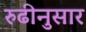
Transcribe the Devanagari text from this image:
रुढीनुसार